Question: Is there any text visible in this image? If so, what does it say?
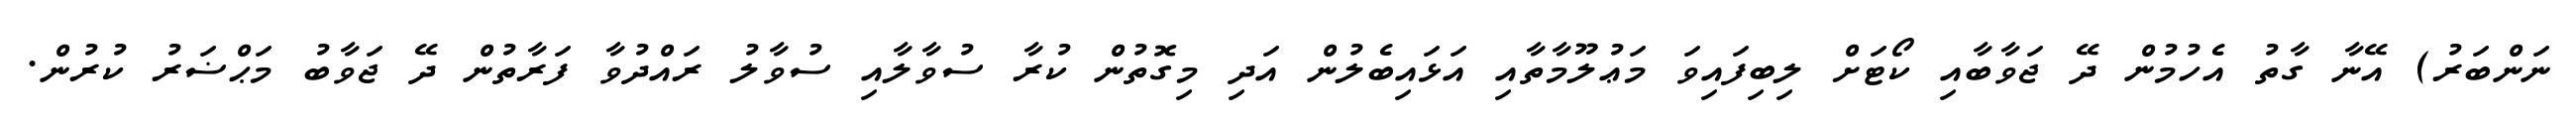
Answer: ނަންބަރު) އޭނާ ގާތު އެހުމުން ދޭ ޖަވާބާއި ކޯޓަށް ލިބިފައިވަ މަޢުލޫމާތާއި އަޅައިބެލުން އަދި މިގޮތުން ކުރާ ސުވާލާއި ސުވާލު ރައްދުވާ ފަރާތުން ދޭ ޖަވާބު މަޙްޟަރު ކުރުން.